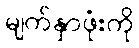
မျက်နှာဖုံးကို